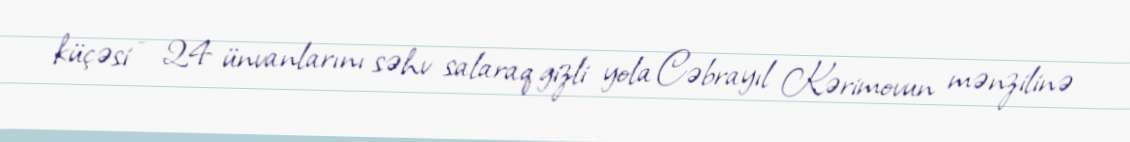
küçəsi - 24 ünvanlarını səhv salaraq gizli yola Cəbrayıl Kərimovun mənzilinə